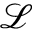
\mathcal { L }